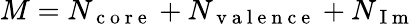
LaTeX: M=N_{\mathrm{~c~o~r~e~}}+N_{\mathrm{~v~a~l~e~n~c~e~}}+N_{\mathrm{~I~m~}}